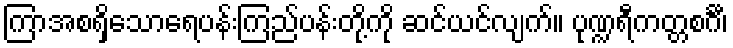
ကြာအစရှိသောရေပန်းကြည်ပန်းတို့ကို ဆင်ယင်လျက်။ ပုဏ္ဍရီကတ္တစင်္ဂီ၊